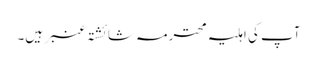
آپ کی اہلیہ محترمہ شائشتہ عنبر ہیں۔